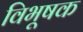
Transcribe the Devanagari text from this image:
विभूषक